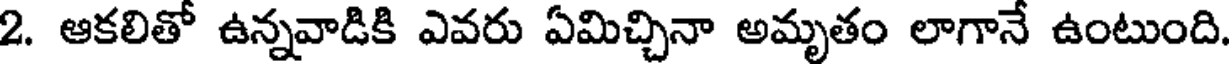
2. ఆకలితో ఉన్నవాడికి ఎవరు ఏమిచ్చినా అమృతం లాగానే ఉంటుంది